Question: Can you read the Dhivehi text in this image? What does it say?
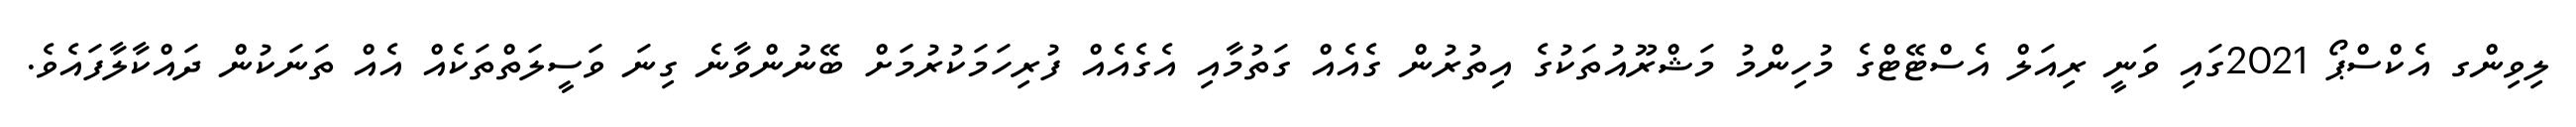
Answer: ލިވިންގ އެކްސްޕޯ 2021ގައި ވަނީ ރިއަލް އެސްޓޭޓްގެ މުހިންމު މަޝްރޫއުތަކުގެ އިތުރުން ގެއެއް ގަތުމާއި އެގެއެއް ފުރިހަމަކުރުމަށް ބޭނުންވާނެ ގިނަ ވަސީލަތްތަކެއް އެއް ތަނަކުން ދައްކާލާފައެވެ.